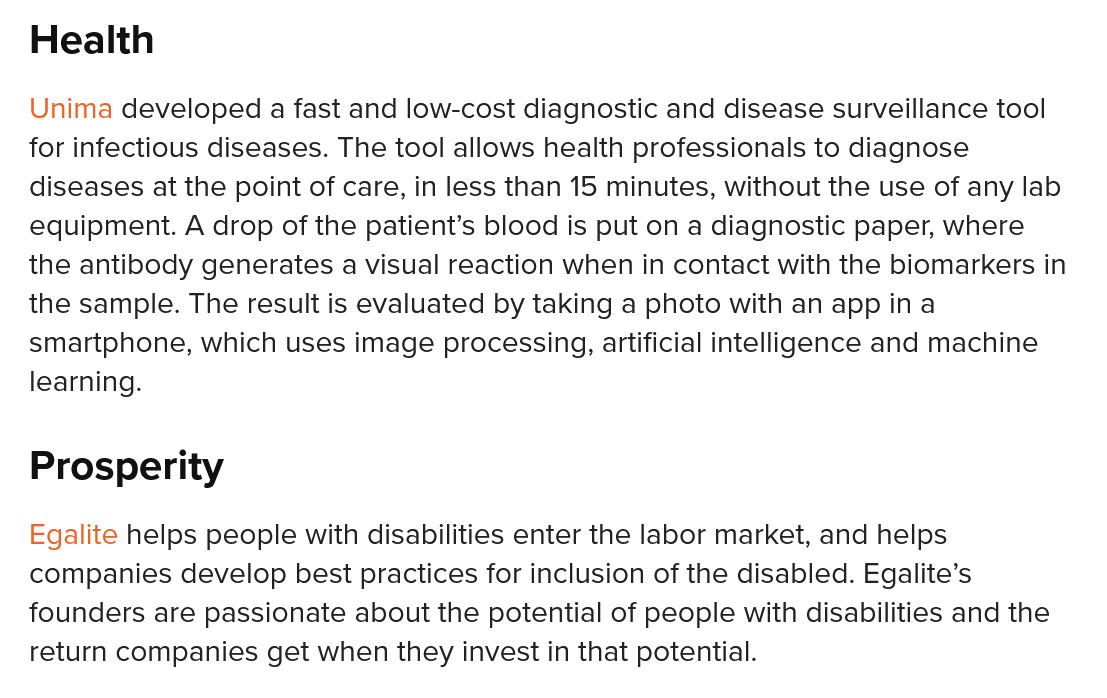
Health
   Prosperity
   Unima developed a fast and low-cost diagnostic and disease surveillance tool
  for infectious diseases. The tool allows health professionals to diagnose
   diseases at the point of care, in less than 15 minutes, without the use of any lab
   equipment. A drop of the patient’s blood is put on a diagnostic paper, where
  the antibody generates a visual reaction when in contact with the biomarkers in
  the sample. The result is evaluated by taking a photo with an app ina
   smartphone, which uses image processing, artificial intelligence and machine
   learning.
   Egalite helps people with disabilities enter the labor market, and helps
   companies develop best practices for inclusion of the disabled. Egalite’s
  founders are passionate about the potential of people with disabilities and the
   return companies get when they invest in that potential.